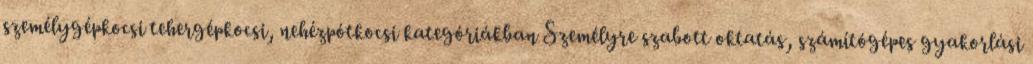
személygépkocsi tehergépkocsi, nehézpótkocsi kategóriákban Személyre szabott oktatás, számítógépes gyakorlási